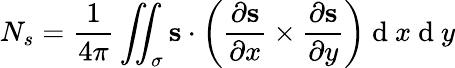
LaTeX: N_{s}=\frac{1}{4\pi}\iint_{\sigma}{\mathbf{s}\cdot\left(\frac{\partial\mathbf{s}}{\partial x}\times\frac{\partial\mathbf{s}}{\partial y}\right)}\mathrm{~d~}x\mathrm{~d~}y